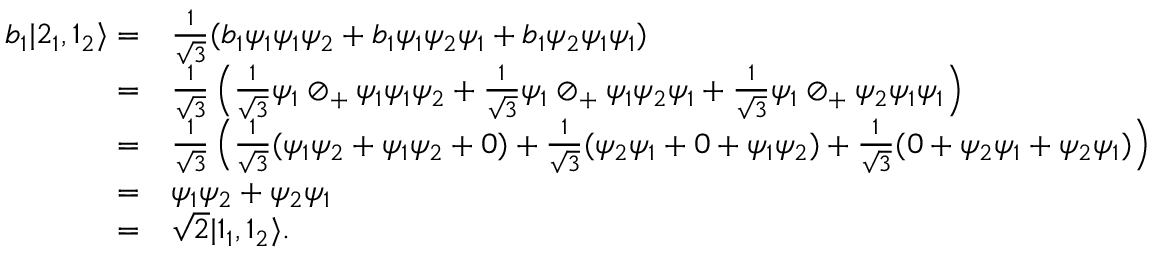
{ \begin{array} { r l } { b _ { 1 } | 2 _ { 1 } , 1 _ { 2 } \rangle = } & { { \frac { 1 } { \sqrt { 3 } } } ( b _ { 1 } \psi _ { 1 } \psi _ { 1 } \psi _ { 2 } + b _ { 1 } \psi _ { 1 } \psi _ { 2 } \psi _ { 1 } + b _ { 1 } \psi _ { 2 } \psi _ { 1 } \psi _ { 1 } ) } \\ { = } & { { \frac { 1 } { \sqrt { 3 } } } \left( { \frac { 1 } { \sqrt { 3 } } } \psi _ { 1 } \oslash _ { + } \psi _ { 1 } \psi _ { 1 } \psi _ { 2 } + { \frac { 1 } { \sqrt { 3 } } } \psi _ { 1 } \oslash _ { + } \psi _ { 1 } \psi _ { 2 } \psi _ { 1 } + { \frac { 1 } { \sqrt { 3 } } } \psi _ { 1 } \oslash _ { + } \psi _ { 2 } \psi _ { 1 } \psi _ { 1 } \right) } \\ { = } & { { \frac { 1 } { \sqrt { 3 } } } \left( { \frac { 1 } { \sqrt { 3 } } } ( \psi _ { 1 } \psi _ { 2 } + \psi _ { 1 } \psi _ { 2 } + 0 ) + { \frac { 1 } { \sqrt { 3 } } } ( \psi _ { 2 } \psi _ { 1 } + 0 + \psi _ { 1 } \psi _ { 2 } ) + { \frac { 1 } { \sqrt { 3 } } } ( 0 + \psi _ { 2 } \psi _ { 1 } + \psi _ { 2 } \psi _ { 1 } ) \right) } \\ { = } & { \psi _ { 1 } \psi _ { 2 } + \psi _ { 2 } \psi _ { 1 } } \\ { = } & { { \sqrt { 2 } } | 1 _ { 1 } , 1 _ { 2 } \rangle . } \end{array} }